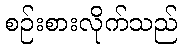
စဉ်းစားလိုက်သည်